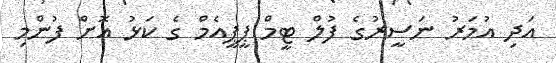
އަދި އުމަރު ނަސީރުގެ ފުލް ޓީމް ޕީޕީއެމް ގެ ކަޅު އޮށް ފުންމި